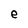
Character: e